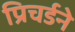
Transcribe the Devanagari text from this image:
प्रिचर्डने